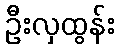
ဦးလှထွန်း